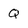
Character: Q